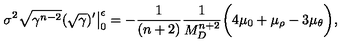
\sigma ^ { 2 } \sqrt { \gamma ^ { n - 2 } } ( \sqrt { \gamma } ) ^ { \prime } \big | _ { 0 } ^ { \epsilon } = - \frac { 1 } { ( n + 2 ) } \frac { 1 } { M _ { D } ^ { n + 2 } } \bigg ( 4 \mu _ { 0 } + \mu _ { \rho } - 3 \mu _ { \theta } \bigg ) ,